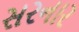
સરનાર